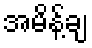
အမိန့်ချ